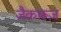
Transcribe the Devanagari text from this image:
जैकारूज़